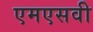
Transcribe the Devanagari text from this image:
एमएसवी